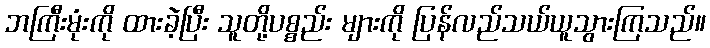
ဘကြီးမုံးကို ထားခဲ့ပြီး သူတို့ပစ္စည်း များကို ပြန်လည်သယ်ယူသွားကြသည်။